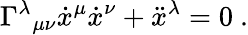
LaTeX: \Gamma^{\lambda}{}_{\mu\nu}{\dot{x}}^{\mu}{\dot{x}}^{\nu}+{\ddot{x}}^{\lambda}=0\ .